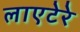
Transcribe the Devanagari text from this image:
लाएटेरे